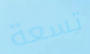
تسعة